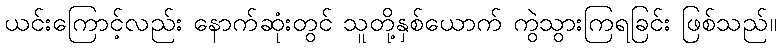
ယင်းကြောင့်လည်း နောက်ဆုံးတွင် သူတို့နှစ်ယောက် ကွဲသွားကြရခြင်း ဖြစ်သည်။